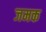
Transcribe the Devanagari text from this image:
जमक